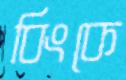
বিংকে